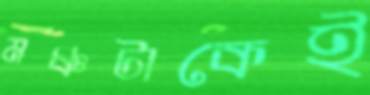
মঞ্চটাকেই